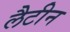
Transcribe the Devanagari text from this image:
लैटीन